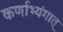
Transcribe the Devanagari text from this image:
कर्णाभ्यंगात्‌